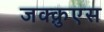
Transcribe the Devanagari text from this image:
जक्क़ुएस